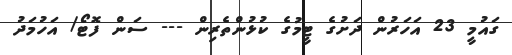
ގައުމީ 23 އަހަރުން ދަށުގެ ޓީމުގެ ކުޅުންތެރިން --- ސަން ފޮޓޯ/ އަހުމަދު